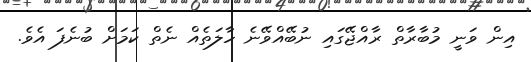
އިން ވަނީ މުބާރާތް ރާއްޖޭގައި ނުބޭއްވޭނެ ހާލަތެއް ނެތް ކަމަށް ބުނެފަ އެވެ.